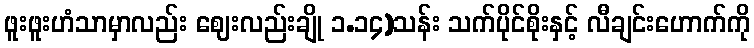
ဖူးဖူးဟံသာမှာလည်း ဈေးလည်းချို ၁.၁၄)သန်း သက်ပိုင်စိုးနှင့် လီချင်းဟောက်ကို